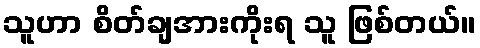
သူဟာ စိတ်ချအားကိုးရ သူ ဖြစ်တယ်။